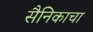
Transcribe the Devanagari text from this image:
सैनिकाचा